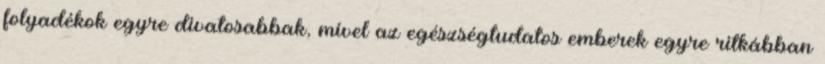
folyadékok egyre divatosabbak, mivel az egészségtudatos emberek egyre ritkábban